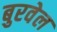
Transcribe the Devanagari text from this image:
बुरवेल